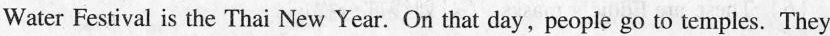
Water Festival is the Thai New Year. On that day,people go to temples. They